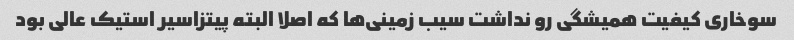
سوخاری کیفیت همیشگی رو نداشت سیب زمینی‌ها که اصلا البته پیتزاسیر استیک عالی بود